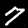
Digit: 7